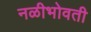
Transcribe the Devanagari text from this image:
नळीभोवती